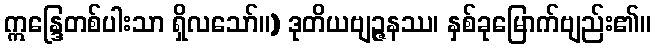
ဣန္ဒြေတစ်ပါးသာ ရှိလသော်။) ဒုတိယဗျဉ္ဇနဿ၊ နှစ်ခုမြောက်ဗျည်း၏။